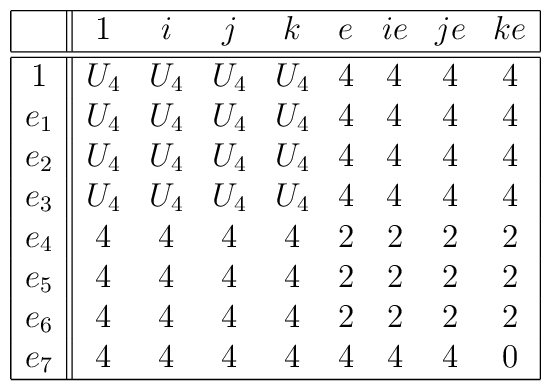
\begin{array}{|c||cccccccc|}\hline & 1 & i & j & k & e & ie & je & ke  \\\hline\hline1 & U_{4} & U_{4} & U_{4} & U_{4} & 4 & 4 & 4 & 4  \\e_{1} & U_{4} & U_{4} & U_{4} & U_{4} & 4 & 4 & 4 & 4  \\e_{2} & U_{4} & U_{4} & U_{4} & U_{4} & 4 & 4 & 4 & 4  \\e_{3} & U_{4} & U_{4} & U_{4} & U_{4} & 4 & 4 & 4 & 4  \\e_{4} & 4 & 4 & 4 & 4 & 2 & 2 & 2 & 2  \\e_{5} & 4 & 4 & 4 & 4 & 2 & 2 & 2 & 2  \\e_{6} & 4 & 4 & 4 & 4 & 2 & 2 & 2 & 2  \\e_{7} & 4 & 4 & 4 & 4 & 4 & 4 & 4 & 0  \\\hline\end{array}